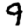
Digit: 9